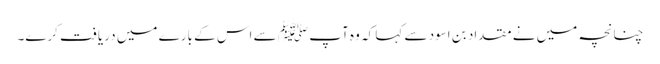
چنانچہ میں نے مقداد بن اسود سے کہا کہ وہ آپ ﷺ سے اس کے بارے میں دریافت کرے۔